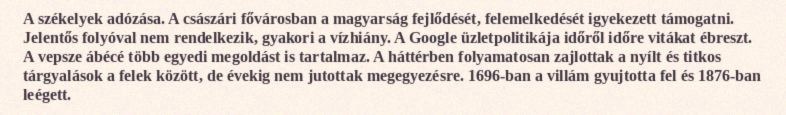
A székelyek adózása. A császári fővárosban a magyarság fejlődését, felemelkedését igyekezett támogatni. Jelentős folyóval nem rendelkezik, gyakori a vízhiány. A Google üzletpolitikája időről időre vitákat ébreszt. A vepsze ábécé több egyedi megoldást is tartalmaz. A háttérben folyamatosan zajlottak a nyílt és titkos tárgyalások a felek között, de évekig nem jutottak megegyezésre. 1696-ban a villám gyujtotta fel és 1876-ban leégett.